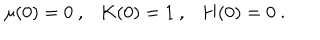
LaTeX: \mu ( 0 ) = 0 \ , \ \ \ K ( 0 ) = 1 \ , \ \ \ H ( 0 ) = 0 \ .